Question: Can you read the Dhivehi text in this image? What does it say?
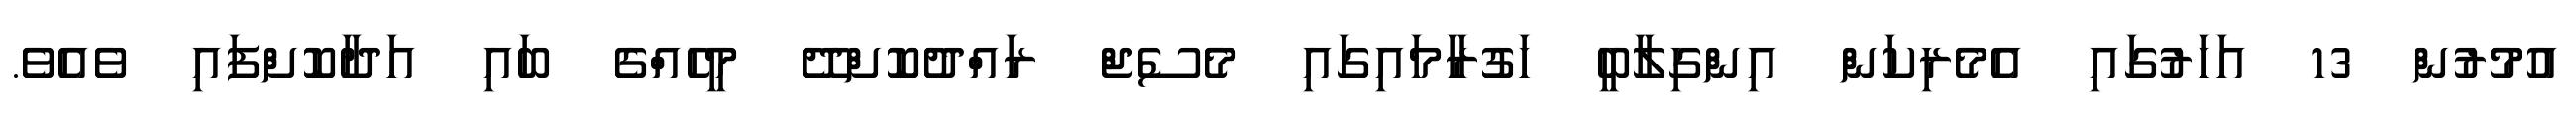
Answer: އުމުރުން 13 އަހަރުގައި އެމެރިކަން އިންގިލާބީ ހަގުރާމައިގައި މެސެޖް ރައްދުކޮށްދޭ މީހެއްގެ ބައި އަދާކޮށްފައި ވެއެވެ.